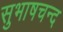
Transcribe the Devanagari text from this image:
सुभाषचन्द